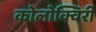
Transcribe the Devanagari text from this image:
कोलोक्विरी